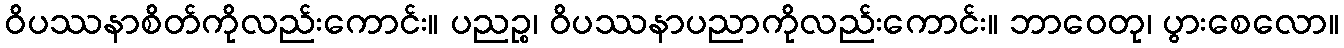
ဝိပဿနာစိတ်ကိုလည်းကောင်း။ ပညဉ္စ၊ ဝိပဿနာပညာကိုလည်းကောင်း။ ဘာဝေတု၊ ပွားစေလော။